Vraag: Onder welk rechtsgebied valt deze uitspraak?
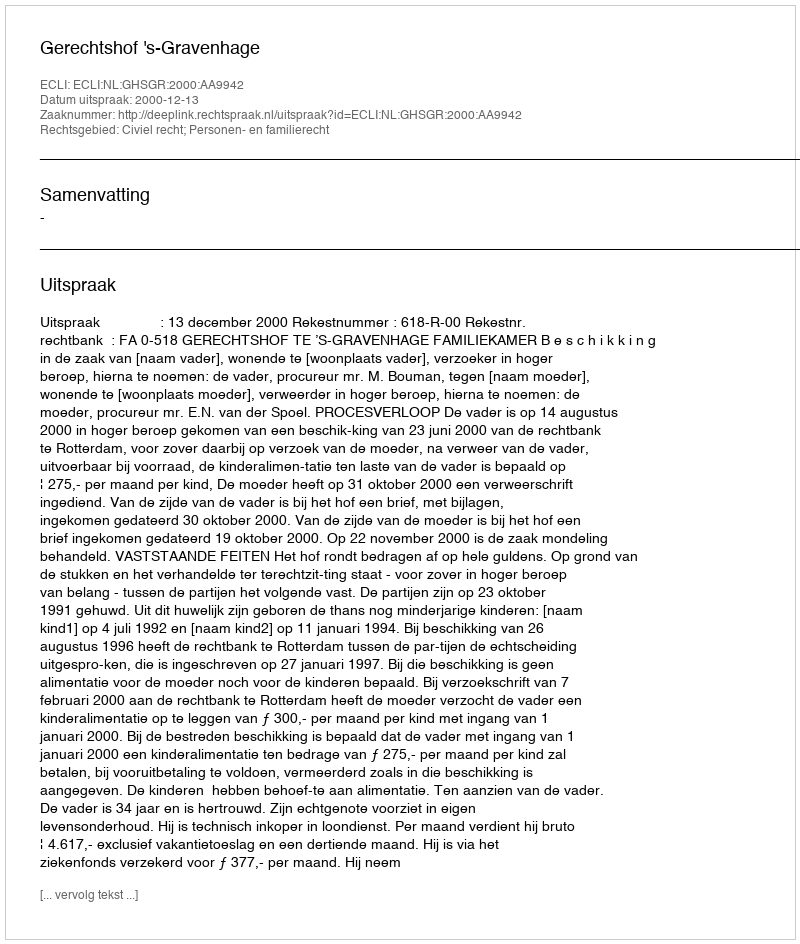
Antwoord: Civiel recht; Personen- en familierecht